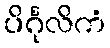
ပိင်္ဂုလိကံ